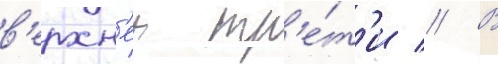
в'ерхн'еи тр'е́т'и // В